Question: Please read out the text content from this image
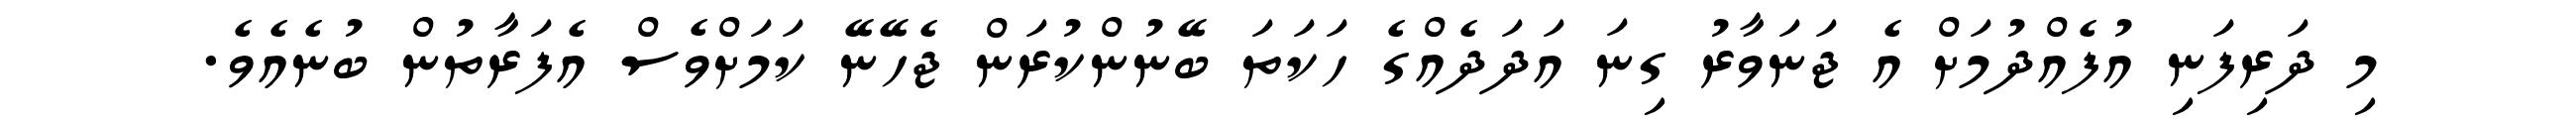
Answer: މި ދަރިފަނި އުފެއްދުމަށް އެ ޖަނަވާރު ގިނަ އަދަދެއްގެ ހަކަތަ ބޭނުންކުރަން ޖެހޭނޭ ކަމަށްވެސް އެފަރާތުން ބުނެއެވެ.